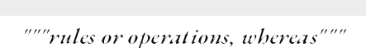
"""rules or operations, whereas"""